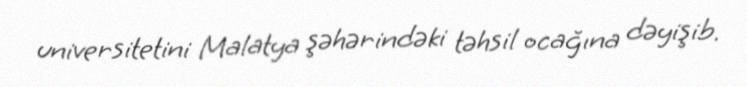
universitetini Malatya şəhərindəki təhsil ocağına dəyişib.